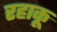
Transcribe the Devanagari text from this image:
रहाकू